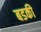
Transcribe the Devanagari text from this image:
बडकी